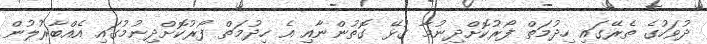
ދުވަހުގެ ތެރޭގައި ހިދުމަތް ފޯރުކޮށްދިނުމާ ގުޅޭ ގޮތުންނާއި އެ ހިދުމަތް ފޯރުކޮށްދިނުމުގައި އެއްބާރުލުން